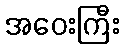
အဝေးကြီး